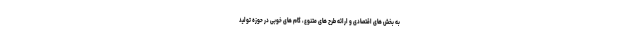
به بخش های اقتصادی و ارائه طرح های متنوع، گام های خوبی در حوزه تولید